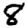
Digit: 8